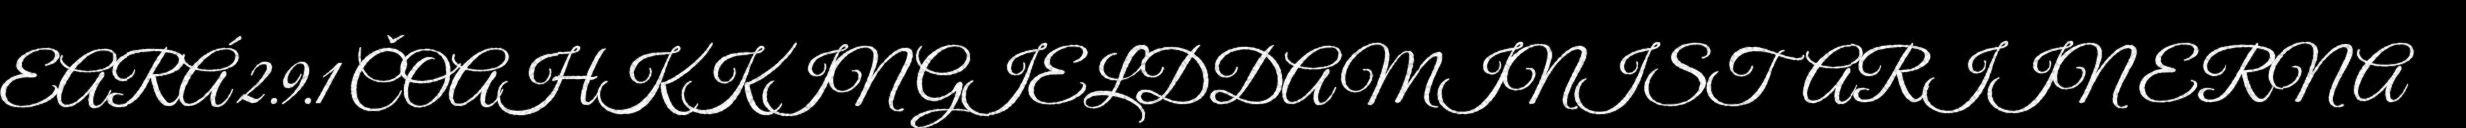
EARÁ 2.9.1 ČOAHKKIN GIELDDAMINISTARIIN ERNA